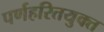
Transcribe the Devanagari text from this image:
पर्णहरितयुक्त